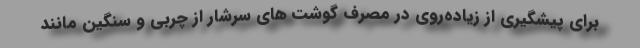
برای پیشگیری از زیاده‌روی در مصرف گوشت های سرشار از چربی و سنگین مانند